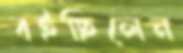
বইছিলেন